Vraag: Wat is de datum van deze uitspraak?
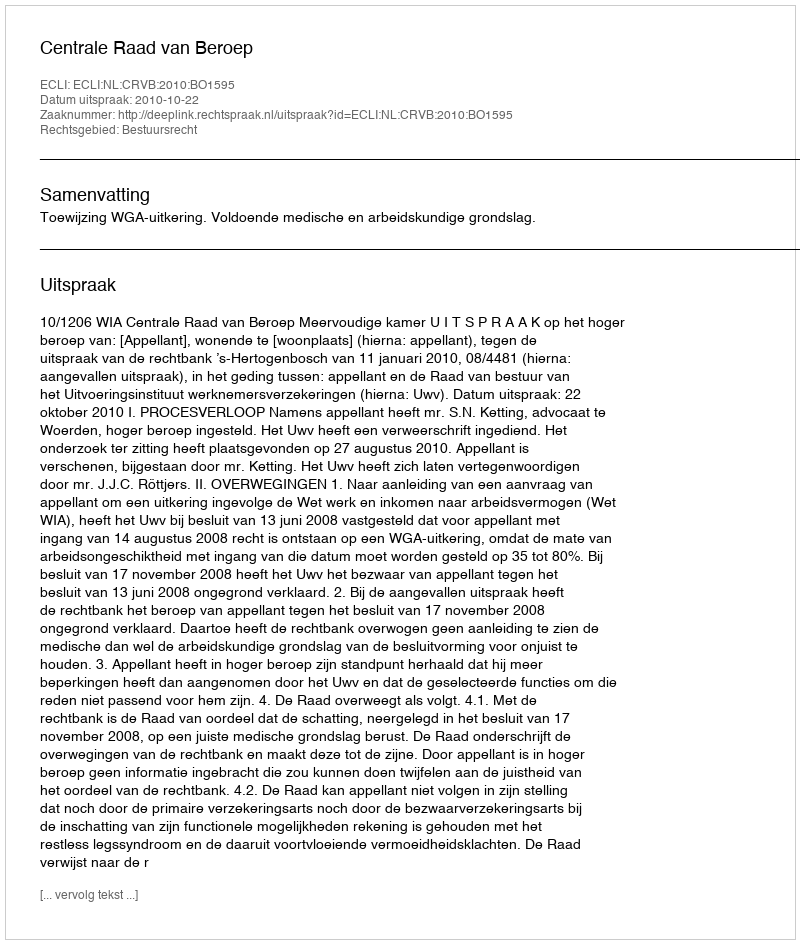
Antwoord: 2010-10-22